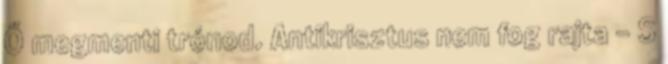
Ő megmenti trónod. Antikrisztus nem fog rajta - S